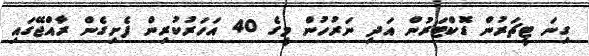
ގިނަ ޓީޗަރުން ޑޮކްޓަރުން އަދި ނަރުހުން މީގެ 40 އަހަރުކުރިން ފެށިގެން ރާއްޖޭގައި